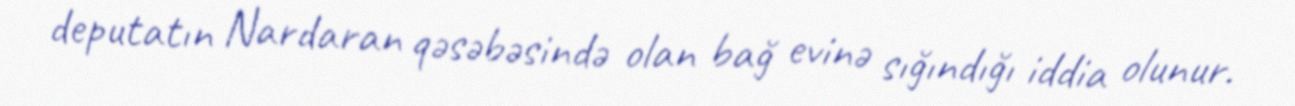
deputatın Nardaran qəsəbəsində olan bağ evinə sığındığı iddia olunur.